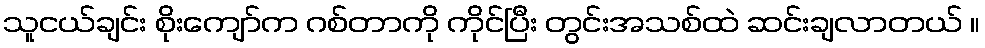
သူငယ်ချင်း စိုးကျော်က ဂစ်တာကို ကိုင်ပြီး တွင်းအသစ်ထဲ ဆင်းချလာတယ် ။